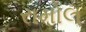
રામોલ